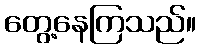
တွေ့နေကြသည်။